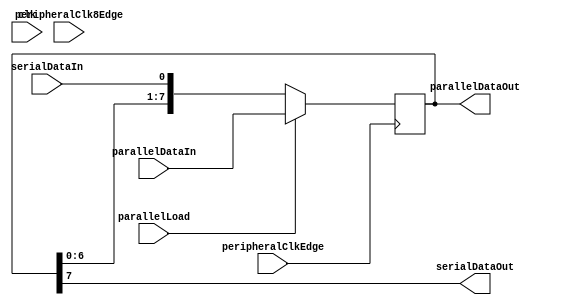
module shiftRegister(clk, peripheralClkEdge, parallelLoad, parallelDataIn, serialDataIn, parallelDataOut, serialDataOut,peripheralClk8Edge);
parameter width = 8;
input               clk;
input               peripheralClkEdge;
input               peripheralClk8Edge;
input               parallelLoad;
output[width-1:0]   parallelDataOut;
output              serialDataOut;
input[width-1:0]    parallelDataIn;
input               serialDataIn;

reg[width-1:0]      shiftRegisterMem;

assign serialDataOut=shiftRegisterMem[width-1];
assign parallelDataOut=shiftRegisterMem;

always @(posedge peripheralClkEdge) begin
shiftRegisterMem <= {shiftRegisterMem[width-2:0],serialDataIn};
#20
if(parallelLoad) shiftRegisterMem <= parallelDataIn;
end
endmodule